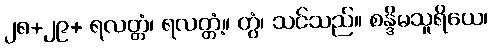
၂၈+၂၉+ ရလတ္တံ၊ ရလတ္တံ့။ တွံ၊ သင်သည်။ စန္ဒိမသူရိယေ၊